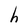
Character: h